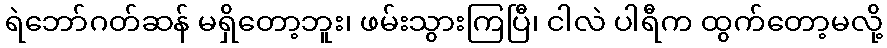
ရဲဘော်ဂတ်ဆန် မရှိတော့ဘူး၊ ဖမ်းသွားကြပြီ၊ ငါလဲ ပါရီက ထွက်တော့မလို့